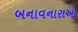
બનાવનારાઓ